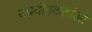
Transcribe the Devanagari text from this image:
उपयॊगकर्ताओ